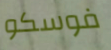
فوسكو